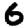
Digit: 6